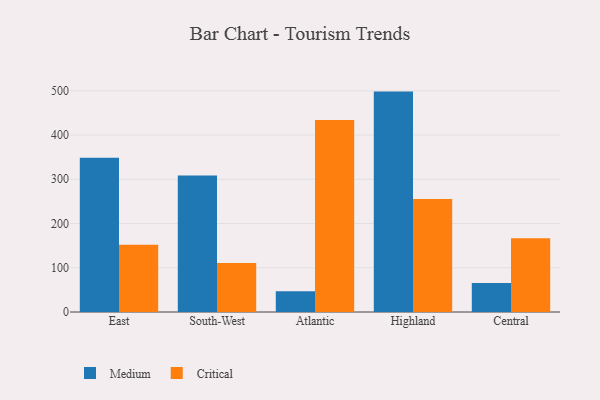
{"axis": {"x": "Region", "y": "Net Income (USD K)"}, "legend": ["Critical", "Medium"], "data": [{"x": "East", "y": 348.7, "type": "Medium"}, {"x": "East", "y": 152.0, "type": "Critical"}, {"x": "South-West", "y": 308.4, "type": "Medium"}, {"x": "South-West", "y": 110.6, "type": "Critical"}, {"x": "Atlantic", "y": 46.7, "type": "Medium"}, {"x": "Atlantic", "y": 433.9, "type": "Critical"}, {"x": "Highland", "y": 498.2, "type": "Medium"}, {"x": "Highland", "y": 255.4, "type": "Critical"}, {"x": "Central", "y": 65.7, "type": "Medium"}, {"x": "Central", "y": 166.8, "type": "Critical"}]}